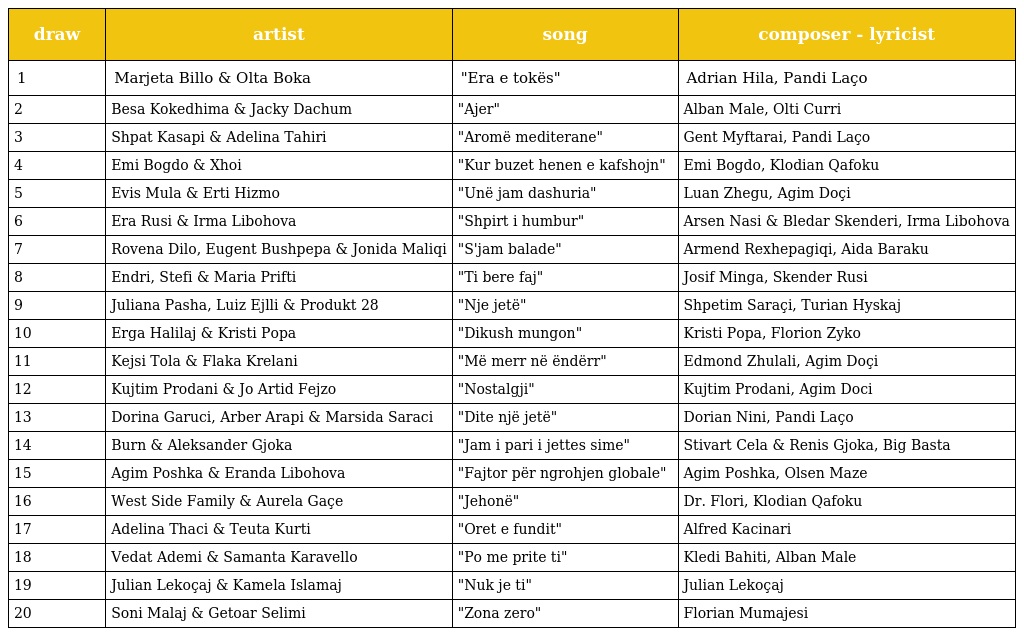
| draw | artist | song | composer - lyricist |
 | --- | --- | --- | --- |
 | 1 | Marjeta Billo & Olta Boka | "Era e tokës" | Adrian Hila, Pandi Laço |
 | 2 | Besa Kokedhima & Jacky Dachum | "Ajer" | Alban Male, Olti Curri |
 | 3 | Shpat Kasapi & Adelina Tahiri | "Aromë mediterane" | Gent Myftarai, Pandi Laço |
 | 4 | Emi Bogdo & Xhoi | "Kur buzet henen e kafshojn" | Emi Bogdo, Klodian Qafoku |
 | 5 | Evis Mula & Erti Hizmo | "Unë jam dashuria" | Luan Zhegu, Agim Doçi |
 | 6 | Era Rusi & Irma Libohova | "Shpirt i humbur" | Arsen Nasi & Bledar Skenderi, Irma Libohova |
 | 7 | Rovena Dilo, Eugent Bushpepa & Jonida Maliqi | "S'jam balade" | Armend Rexhepagiqi, Aida Baraku |
 | 8 | Endri, Stefi & Maria Prifti | "Ti bere faj" | Josif Minga, Skender Rusi |
 | 9 | Juliana Pasha, Luiz Ejlli & Produkt 28 | "Nje jetë" | Shpetim Saraçi, Turian Hyskaj |
 | 10 | Erga Halilaj & Kristi Popa | "Dikush mungon" | Kristi Popa, Florion Zyko |
 | 11 | Kejsi Tola & Flaka Krelani | "Më merr në ëndërr" | Edmond Zhulali, Agim Doçi |
 | 12 | Kujtim Prodani & Jo Artid Fejzo | "Nostalgji" | Kujtim Prodani, Agim Doci |
 | 13 | Dorina Garuci, Arber Arapi & Marsida Saraci | "Dite një jetë" | Dorian Nini, Pandi Laço |
 | 14 | Burn & Aleksander Gjoka | "Jam i pari i jettes sime" | Stivart Cela & Renis Gjoka, Big Basta |
 | 15 | Agim Poshka & Eranda Libohova | "Fajtor për ngrohjen globale" | Agim Poshka, Olsen Maze |
 | 16 | West Side Family & Aurela Gaçe | "Jehonë" | Dr. Flori, Klodian Qafoku |
 | 17 | Adelina Thaci & Teuta Kurti | "Oret e fundit" | Alfred Kacinari |
 | 18 | Vedat Ademi & Samanta Karavello | "Po me prite ti" | Kledi Bahiti, Alban Male |
 | 19 | Julian Lekoçaj & Kamela Islamaj | "Nuk je ti" | Julian Lekoçaj |
 | 20 | Soni Malaj & Getoar Selimi | "Zona zero" | Florian Mumajesi |